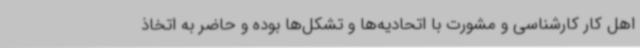
اهل کار کارشناسی و مشورت با اتحادیه‌ها و تشکل‌ها بوده و حاضر به اتخاذ